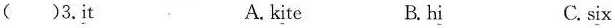
( )3.\underline{i}t A. k\underline{i}te B.h\underline{i} C. s\underline{i}x